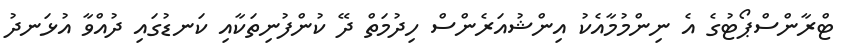
ޓްރާންސްޕޯޓުގެ އެ ނިންމުމާއެކު އިންޝުއަރެންސް ހިދުމަތް ދޭ ކުންފުނިތަކާއި ކަނޑުގައި ދުއްވާ އުޅަނދު